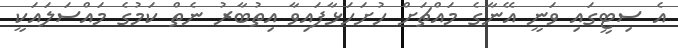
އެ ސިޓީގައި ވަނީ އޭނާގެ މައްޗަށް ހުށަހަޅާފައިވާ އިތުބާރު ނެތް ކަމުގެ މައްސަލައަކީ